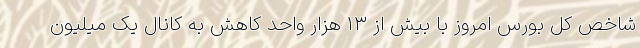
شاخص کل بورس امروز با بیش از ۱۳ هزار واحد کاهش به کانال یک میلیون